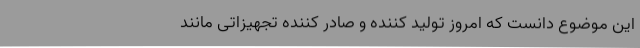
این موضوع دانست که امروز تولید کننده و صادر کننده تجهیزاتی مانند